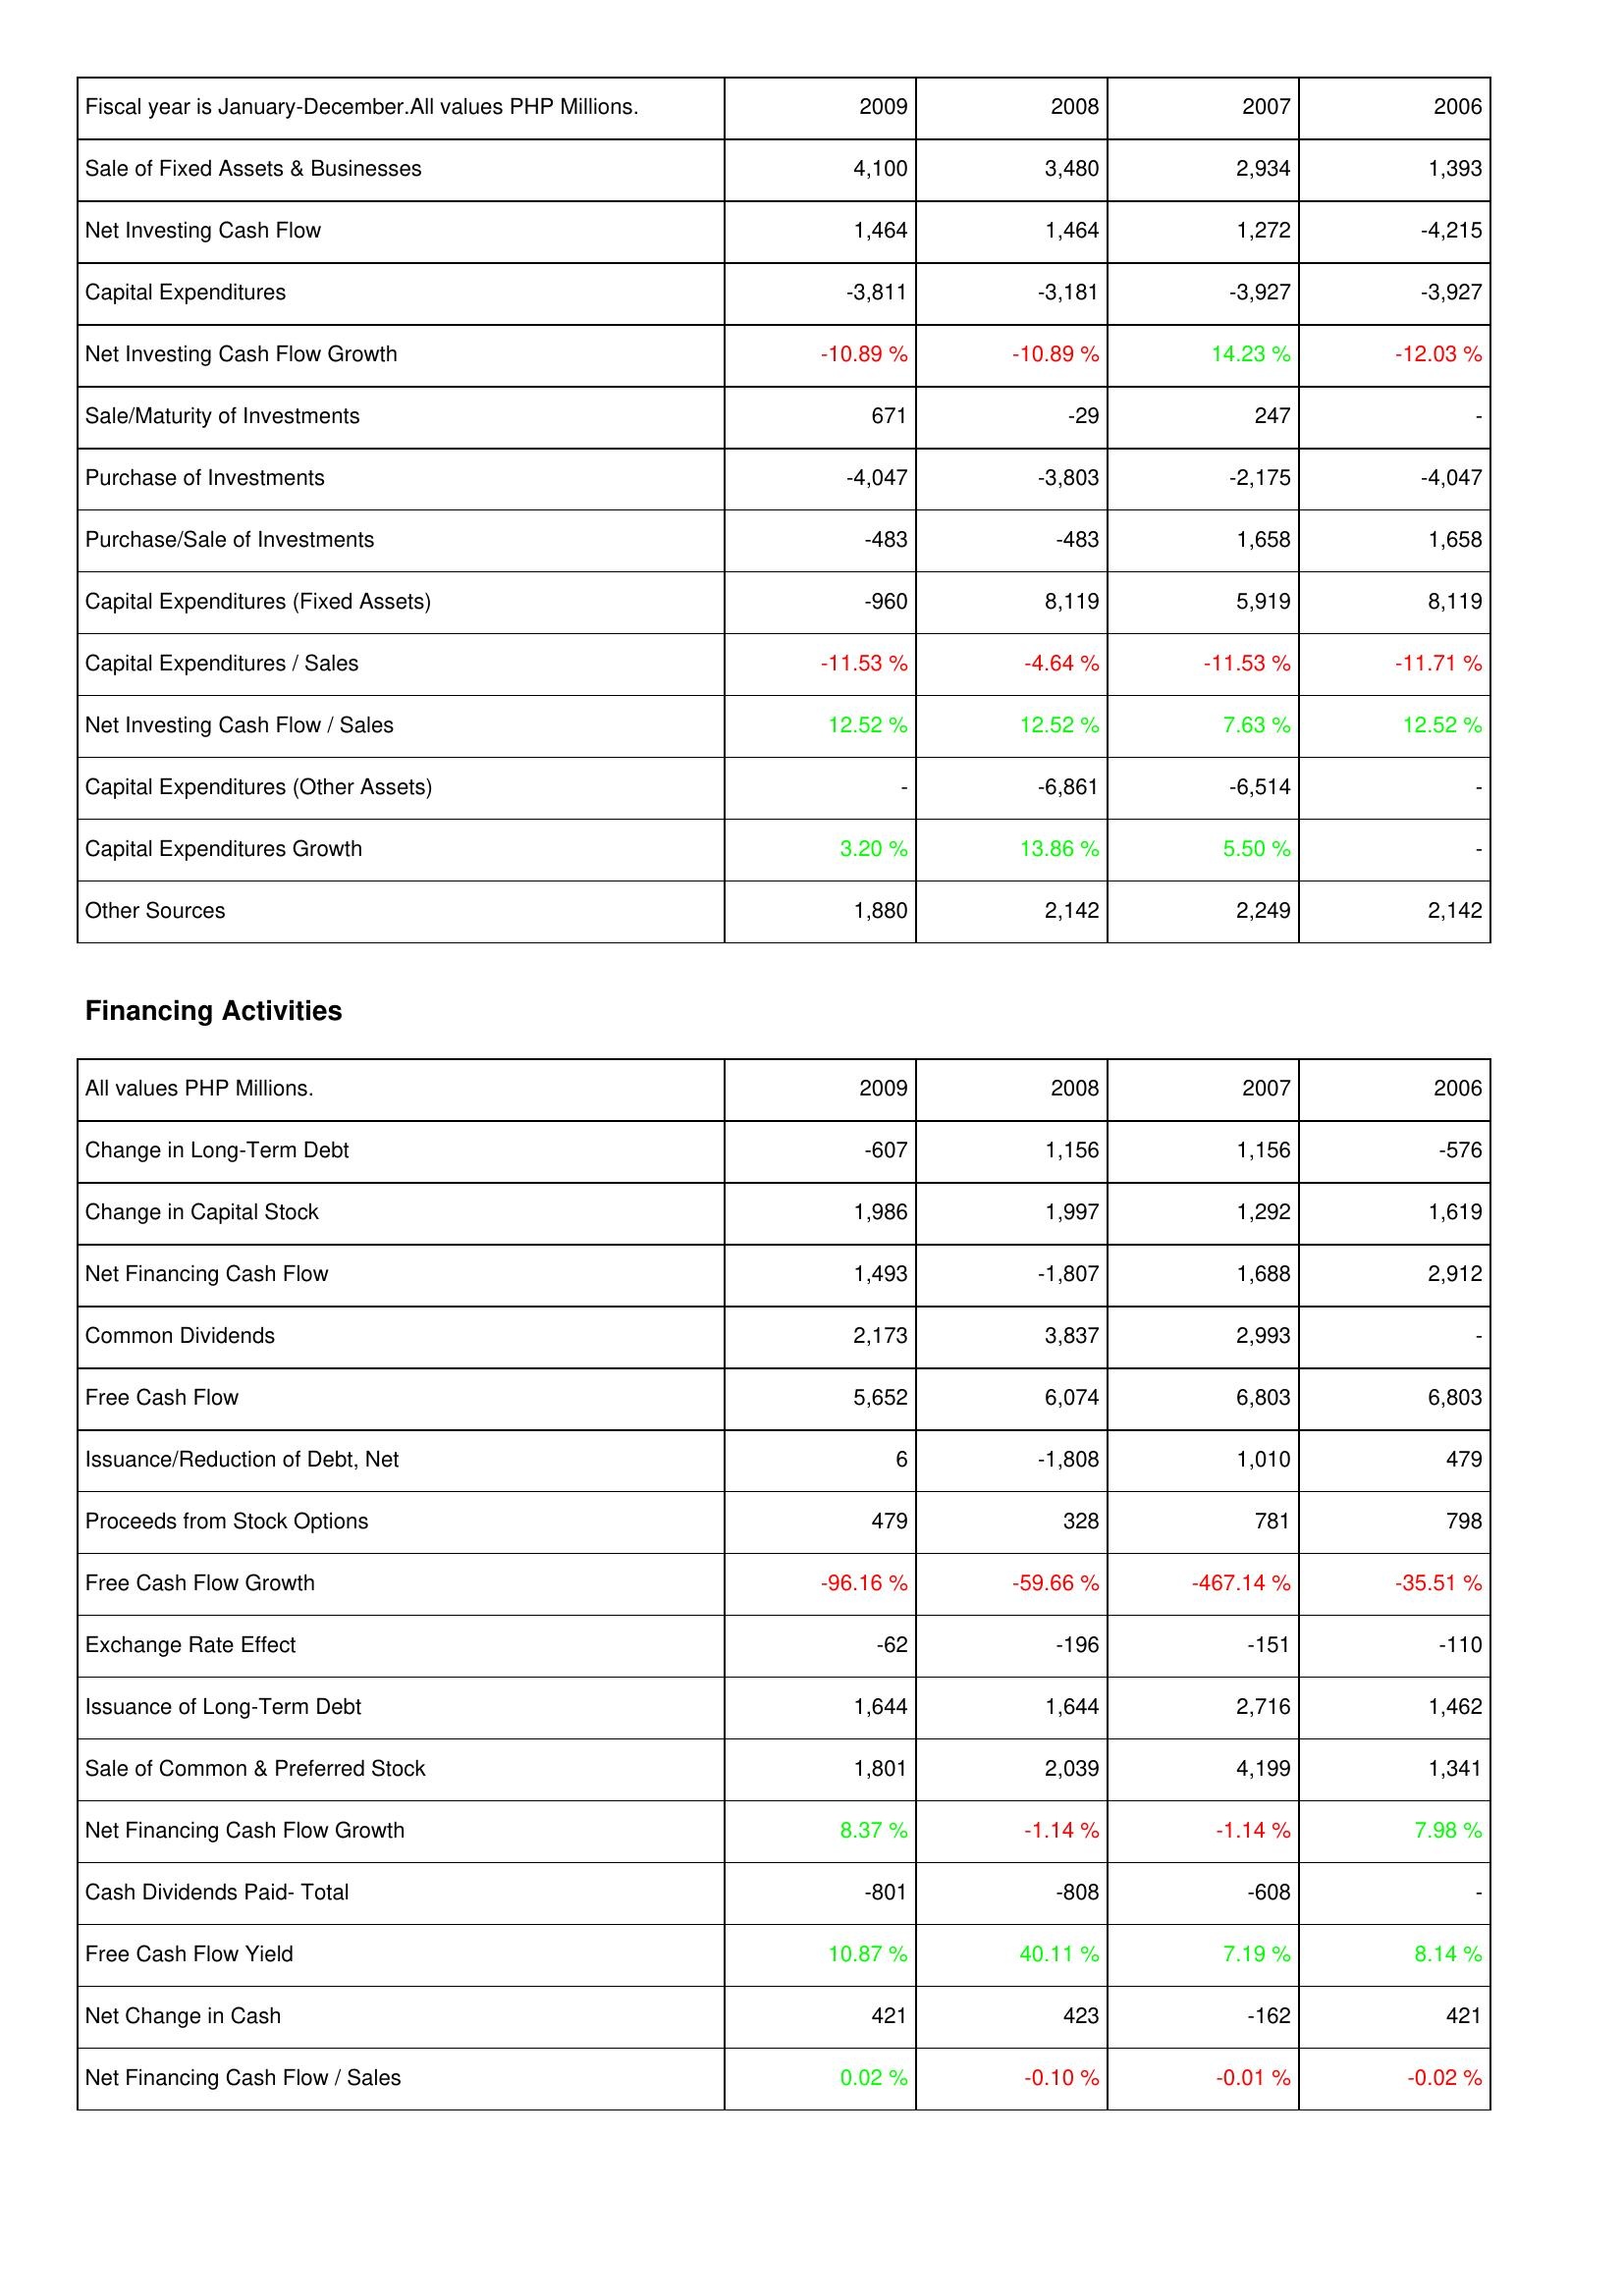
2009: Investing Activities: Sale of Fixed Assets & Businesses: 4,100
Net Investing Cash Flow: 1,464
Capital Expenditures: -3,811
Net Investing Cash Flow Growth: -10.89 %
Sale/Maturity of Investments: 671
Purchase of Investments: -4,047
Purchase/Sale of Investments: -483
Capital Expenditures (Fixed Assets): -960
Capital Expenditures / Sales: -11.53 %
Net Investing Cash Flow / Sales: 12.52 %
Capital Expenditures (Other Assets): -
Capital Expenditures Growth: 3.20 %
Other Sources: 1,880
Financing Activities: Change in Long-Term Debt: -607
Change in Capital Stock: 1,986
Net Financing Cash Flow: 1,493
Common Dividends: 2,173
Free Cash Flow: 5,652
Issuance/Reduction of Debt, Net: 6
Proceeds from Stock Options: 479
Free Cash Flow Growth: -96.16 %
Exchange Rate Effect: -62
Issuance of Long-Term Debt: 1,644
Sale of Common & Preferred Stock: 1,801
Net Financing Cash Flow Growth: 8.37 %
Cash Dividends Paid- Total: -801
Free Cash Flow Yield: 10.87 %
Net Change in Cash: 421
Net Financing Cash Flow / Sales: 0.02 %
2008: Investing Activities: Sale of Fixed Assets & Businesses: 3,480
Net Investing Cash Flow: 1,464
Capital Expenditures: -3,181
Net Investing Cash Flow Growth: -10.89 %
Sale/Maturity of Investments: -29
Purchase of Investments: -3,803
Purchase/Sale of Investments: -483
Capital Expenditures (Fixed Assets): 8,119
Capital Expenditures / Sales: -4.64 %
Net Investing Cash Flow / Sales: 12.52 %
Capital Expenditures (Other Assets): -6,861
Capital Expenditures Growth: 13.86 %
Other Sources: 2,142
Financing Activities: Change in Long-Term Debt: 1,156
Change in Capital Stock: 1,997
Net Financing Cash Flow: -1,807
Common Dividends: 3,837
Free Cash Flow: 6,074
Issuance/Reduction of Debt, Net: -1,808
Proceeds from Stock Options: 328
Free Cash Flow Growth: -59.66 %
Exchange Rate Effect: -196
Issuance of Long-Term Debt: 1,644
Sale of Common & Preferred Stock: 2,039
Net Financing Cash Flow Growth: -1.14 %
Cash Dividends Paid- Total: -808
Free Cash Flow Yield: 40.11 %
Net Change in Cash: 423
Net Financing Cash Flow / Sales: -0.10 %
2007: Investing Activities: Sale of Fixed Assets & Businesses: 2,934
Net Investing Cash Flow: 1,272
Capital Expenditures: -3,927
Net Investing Cash Flow Growth: 14.23 %
Sale/Maturity of Investments: 247
Purchase of Investments: -2,175
Purchase/Sale of Investments: 1,658
Capital Expenditures (Fixed Assets): 5,919
Capital Expenditures / Sales: -11.53 %
Net Investing Cash Flow / Sales: 7.63 %
Capital Expenditures (Other Assets): -6,514
Capital Expenditures Growth: 5.50 %
Other Sources: 2,249
Financing Activities: Change in Long-Term Debt: 1,156
Change in Capital Stock: 1,292
Net Financing Cash Flow: 1,688
Common Dividends: 2,993
Free Cash Flow: 6,803
Issuance/Reduction of Debt, Net: 1,010
Proceeds from Stock Options: 781
Free Cash Flow Growth: -467.14 %
Exchange Rate Effect: -151
Issuance of Long-Term Debt: 2,716
Sale of Common & Preferred Stock: 4,199
Net Financing Cash Flow Growth: -1.14 %
Cash Dividends Paid- Total: -608
Free Cash Flow Yield: 7.19 %
Net Change in Cash: -162
Net Financing Cash Flow / Sales: -0.01 %
2006: Investing Activities: Sale of Fixed Assets & Businesses: 1,393
Net Investing Cash Flow: -4,215
Capital Expenditures: -3,927
Net Investing Cash Flow Growth: -12.03 %
Sale/Maturity of Investments: -
Purchase of Investments: -4,047
Purchase/Sale of Investments: 1,658
Capital Expenditures (Fixed Assets): 8,119
Capital Expenditures / Sales: -11.71 %
Net Investing Cash Flow / Sales: 12.52 %
Capital Expenditures (Other Assets): -
Capital Expenditures Growth: -
Other Sources: 2,142
Financing Activities: Change in Long-Term Debt: -576
Change in Capital Stock: 1,619
Net Financing Cash Flow: 2,912
Common Dividends: -
Free Cash Flow: 6,803
Issuance/Reduction of Debt, Net: 479
Proceeds from Stock Options: 798
Free Cash Flow Growth: -35.51 %
Exchange Rate Effect: -110
Issuance of Long-Term Debt: 1,462
Sale of Common & Preferred Stock: 1,341
Net Financing Cash Flow Growth: 7.98 %
Cash Dividends Paid- Total: -
Free Cash Flow Yield: 8.14 %
Net Change in Cash: 421
Net Financing Cash Flow / Sales: -0.02 %